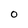
Character: 0